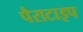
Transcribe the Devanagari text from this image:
पैराटाइप